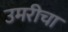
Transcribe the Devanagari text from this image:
उमरीचा